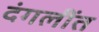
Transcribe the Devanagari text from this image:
दंगलींत